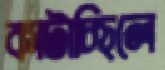
কাটাচ্ছিলে